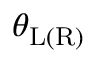
\theta _ { \mathrm { L ( R ) } }